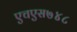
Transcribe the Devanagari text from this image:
एचएस७४८